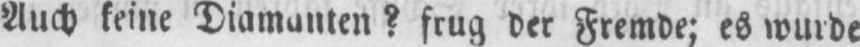
Auch keine Diamanten? frug der Fremde; es wurde